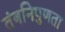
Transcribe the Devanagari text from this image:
तंत्रनिपुणता